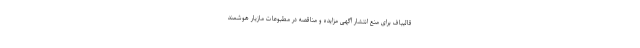
قالیباف برای منع انتشار آگهی مزایده و مناقصه در مطبوعات مازیار هوشمند